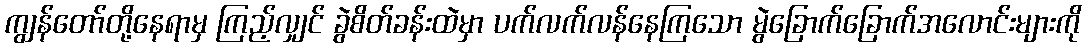
ကျွန်တော်တို့နေရာမှ ကြည့်လျှင် ခွဲစိတ်ခန်းထဲမှာ ပက်လက်လန်နေကြသော မွဲခြောက်ခြောက်အလောင်းများကို